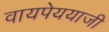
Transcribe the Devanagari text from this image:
वायपेययाजी